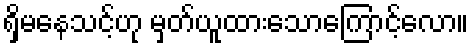
ရှိမနေသင့်ဟု မှတ်ယူထားသောကြောင့်လော။